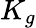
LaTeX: K_{g}